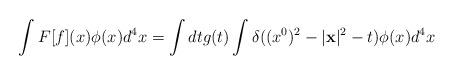
LaTeX: \begin{align*}\int F[f](x) \phi (x) d^{4}x =\int dt g(t) \int \delta ((x^{0})^{2} - |{\bf x}|^{2} - t)\phi (x) d^{4}x\end{align*}